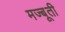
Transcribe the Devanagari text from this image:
मज्बूती